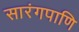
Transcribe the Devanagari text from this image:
सारंगपाणि